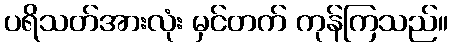
ပရိသတ်အားလုံး မှင်တက် ကုန်ကြသည်။